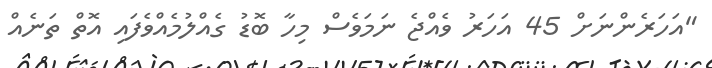
"އަހަރެންނަށް 45 އަހަރު ވެއްޖެ ނަމަވެސް މިހާ ބޮޑު ގެއްލުމެއްވެފައި އޮތް ތަނެއް